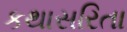
કથાસરિતા